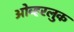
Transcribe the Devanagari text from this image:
ओव्हरलुक